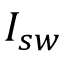
I _ { s w }